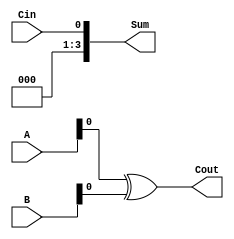
module carry_lookahead_subtractor (
    input [3:0] A,
    input [3:0] B,
    input Cin,
    output [3:0] Sum,
    output Cout
);

wire [3:0] P, G, C;
wire [3:0] P0, G0, C0;
wire [3:0] P1, G1, C1;
wire [3:0] P2, G2, C2;
wire [3:0] P3, G3, C3;

assign {P0[0], G0[0]} = A[0] ^ B[0];
assign {P0[1], G0[1]} = A[1] ^ B[1] ^ (A[0] & B[0]);
assign {P0[2], G0[2]} = A[2] ^ B[2] ^ (A[1] & B[1]);
assign {P0[3], G0[3]} = A[3] ^ B[3] ^ (A[2] & B[2]);

assign {P1[0], G1[0]} = P0[0] ^ B[0];
assign {P1[1], G1[1]} = P0[1] ^ B[1] ^ P0[0] & B[0];
assign {P1[2], G1[2]} = P0[2] ^ B[2] ^ P0[1] & B[1];
assign {P1[3], G1[3]} = P0[3] ^ B[3] ^ P0[2] & B[2];

assign {P2[0], G2[0]} = P1[0] ^ B[0];
assign {P2[1], G2[1]} = P1[1] ^ B[1] ^ P1[0] & B[0];
assign {P2[2], G2[2]} = P1[2] ^ B[2] ^ P1[1] & B[1];
assign {P2[3], G2[3]} = P1[3] ^ B[3] ^ P1[2] & B[2];

assign {P3[0], G3[0]} = P2[0] ^ B[0];
assign {P3[1], G3[1]} = P2[1] ^ B[1] ^ P2[0] & B[0];
assign {P3[2], G3[2]} = P2[2] ^ B[2] ^ P2[1] & B[1];
assign {P3[3], G3[3]} = P2[3] ^ B[3] ^ P2[2] & B[2];

assign {P[0], G[0]} = G0[0] | (P0[0] & G1[0]) | (P0[0] & P1[0] & G2[0]) | (P0[0] & P1[0] & P2[0] & G3[0]);
assign {P[1], G[1]} = G0[1] | (P0[1] & G1[1]) | (P0[1] & P1[1] & G2[1]) | (P0[1] & P1[1] & P2[1] & G3[1]);
assign {P[2], G[2]} = G0[2] | (P0[2] & G1[2]) | (P0[2] & P1[2] & G2[2]) | (P0[2] & P1[2] & P2[2] & G3[2]);
assign {P[3], G[3]} = G0[3] | (P0[3] & G1[3]) | (P0[3] & P1[3] & G2[3]) | (P0[3] & P1[3] & P2[3] & G3[3]);

assign {C[0], Cout} = G0[0] | (P0[0] & G1[0]) | (P0[0] & P1[0] & G2[0]) | (P0[0] & P1[0] & P2[0] & G3[0]);
assign {C[1]} = G0[1] | (P0[1] & G1[1]) | (P0[1] & P1[1] & G2[1]) | (P0[1] & P1[1] & P2[1] & G3[1]);
assign {C[2]} = G0[2] | (P0[2] & G1[2]) | (P0[2] & P1[2] & G2[2]) | (P0[2] & P1[2] & P2[2] & G3[2]);
assign {C[3]} = G0[3] | (P0[3] & G1[3]) | (P0[3] & P1[3] & G2[3]) | (P0[3] & P1[3] & P2[3] & G3[3]);

assign Sum = P ^ Cin;

endmodule